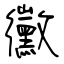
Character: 黴